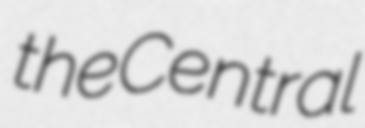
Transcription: the Central